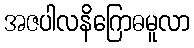
အဇပါလနိဂြောဓမူလာ